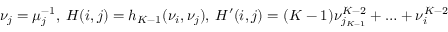
\nu _ { j } = \mu _ { j } ^ { - 1 } , \: H ( i , j ) = h _ { K - 1 } ( \nu _ { i } , \nu _ { j } ) , \: H ^ { \prime } ( i , j ) = ( K - 1 ) \nu _ { j _ { K - 1 } } ^ { K - 2 } + \ldots + \nu _ { i } ^ { K - 2 }